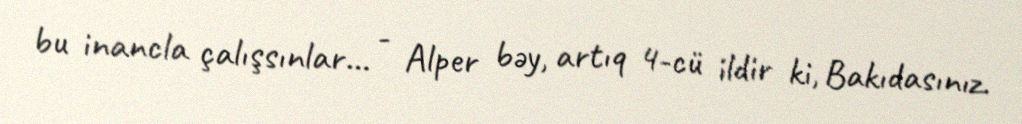
bu inancla çalışsınlar... - Alper bəy, artıq 4-cü ildir ki, Bakıdasınız.